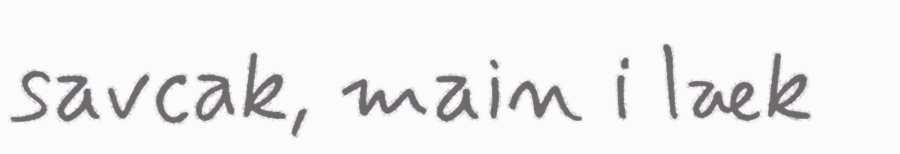
savcak, main i læk